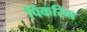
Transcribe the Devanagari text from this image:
पिंकरिंग